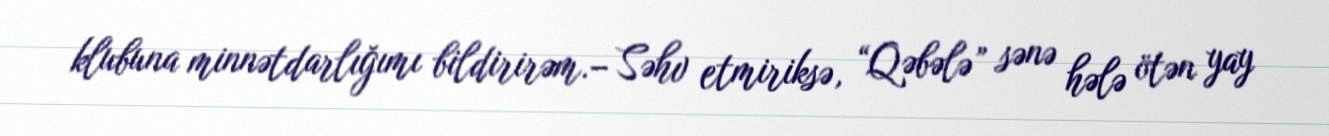
klubuna minnətdarlığımı bildirirəm.– Səhv etmiriksə, “Qəbələ” sənə hələ ötən yay